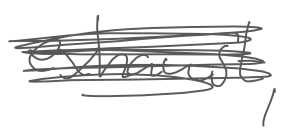
Text: exhaust,
Cross-out: scratch
Writing tool: digital_gray